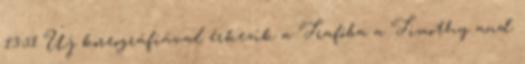
13:51 Új koreográfiával érkezik a Trafóba a Timothy and